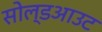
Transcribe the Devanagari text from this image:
सोल्डआउट